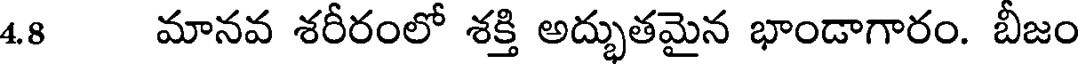
4.8 మానవ శరీరంలో శక్తి అద్భుతమైన భాండాగారం. బీజం